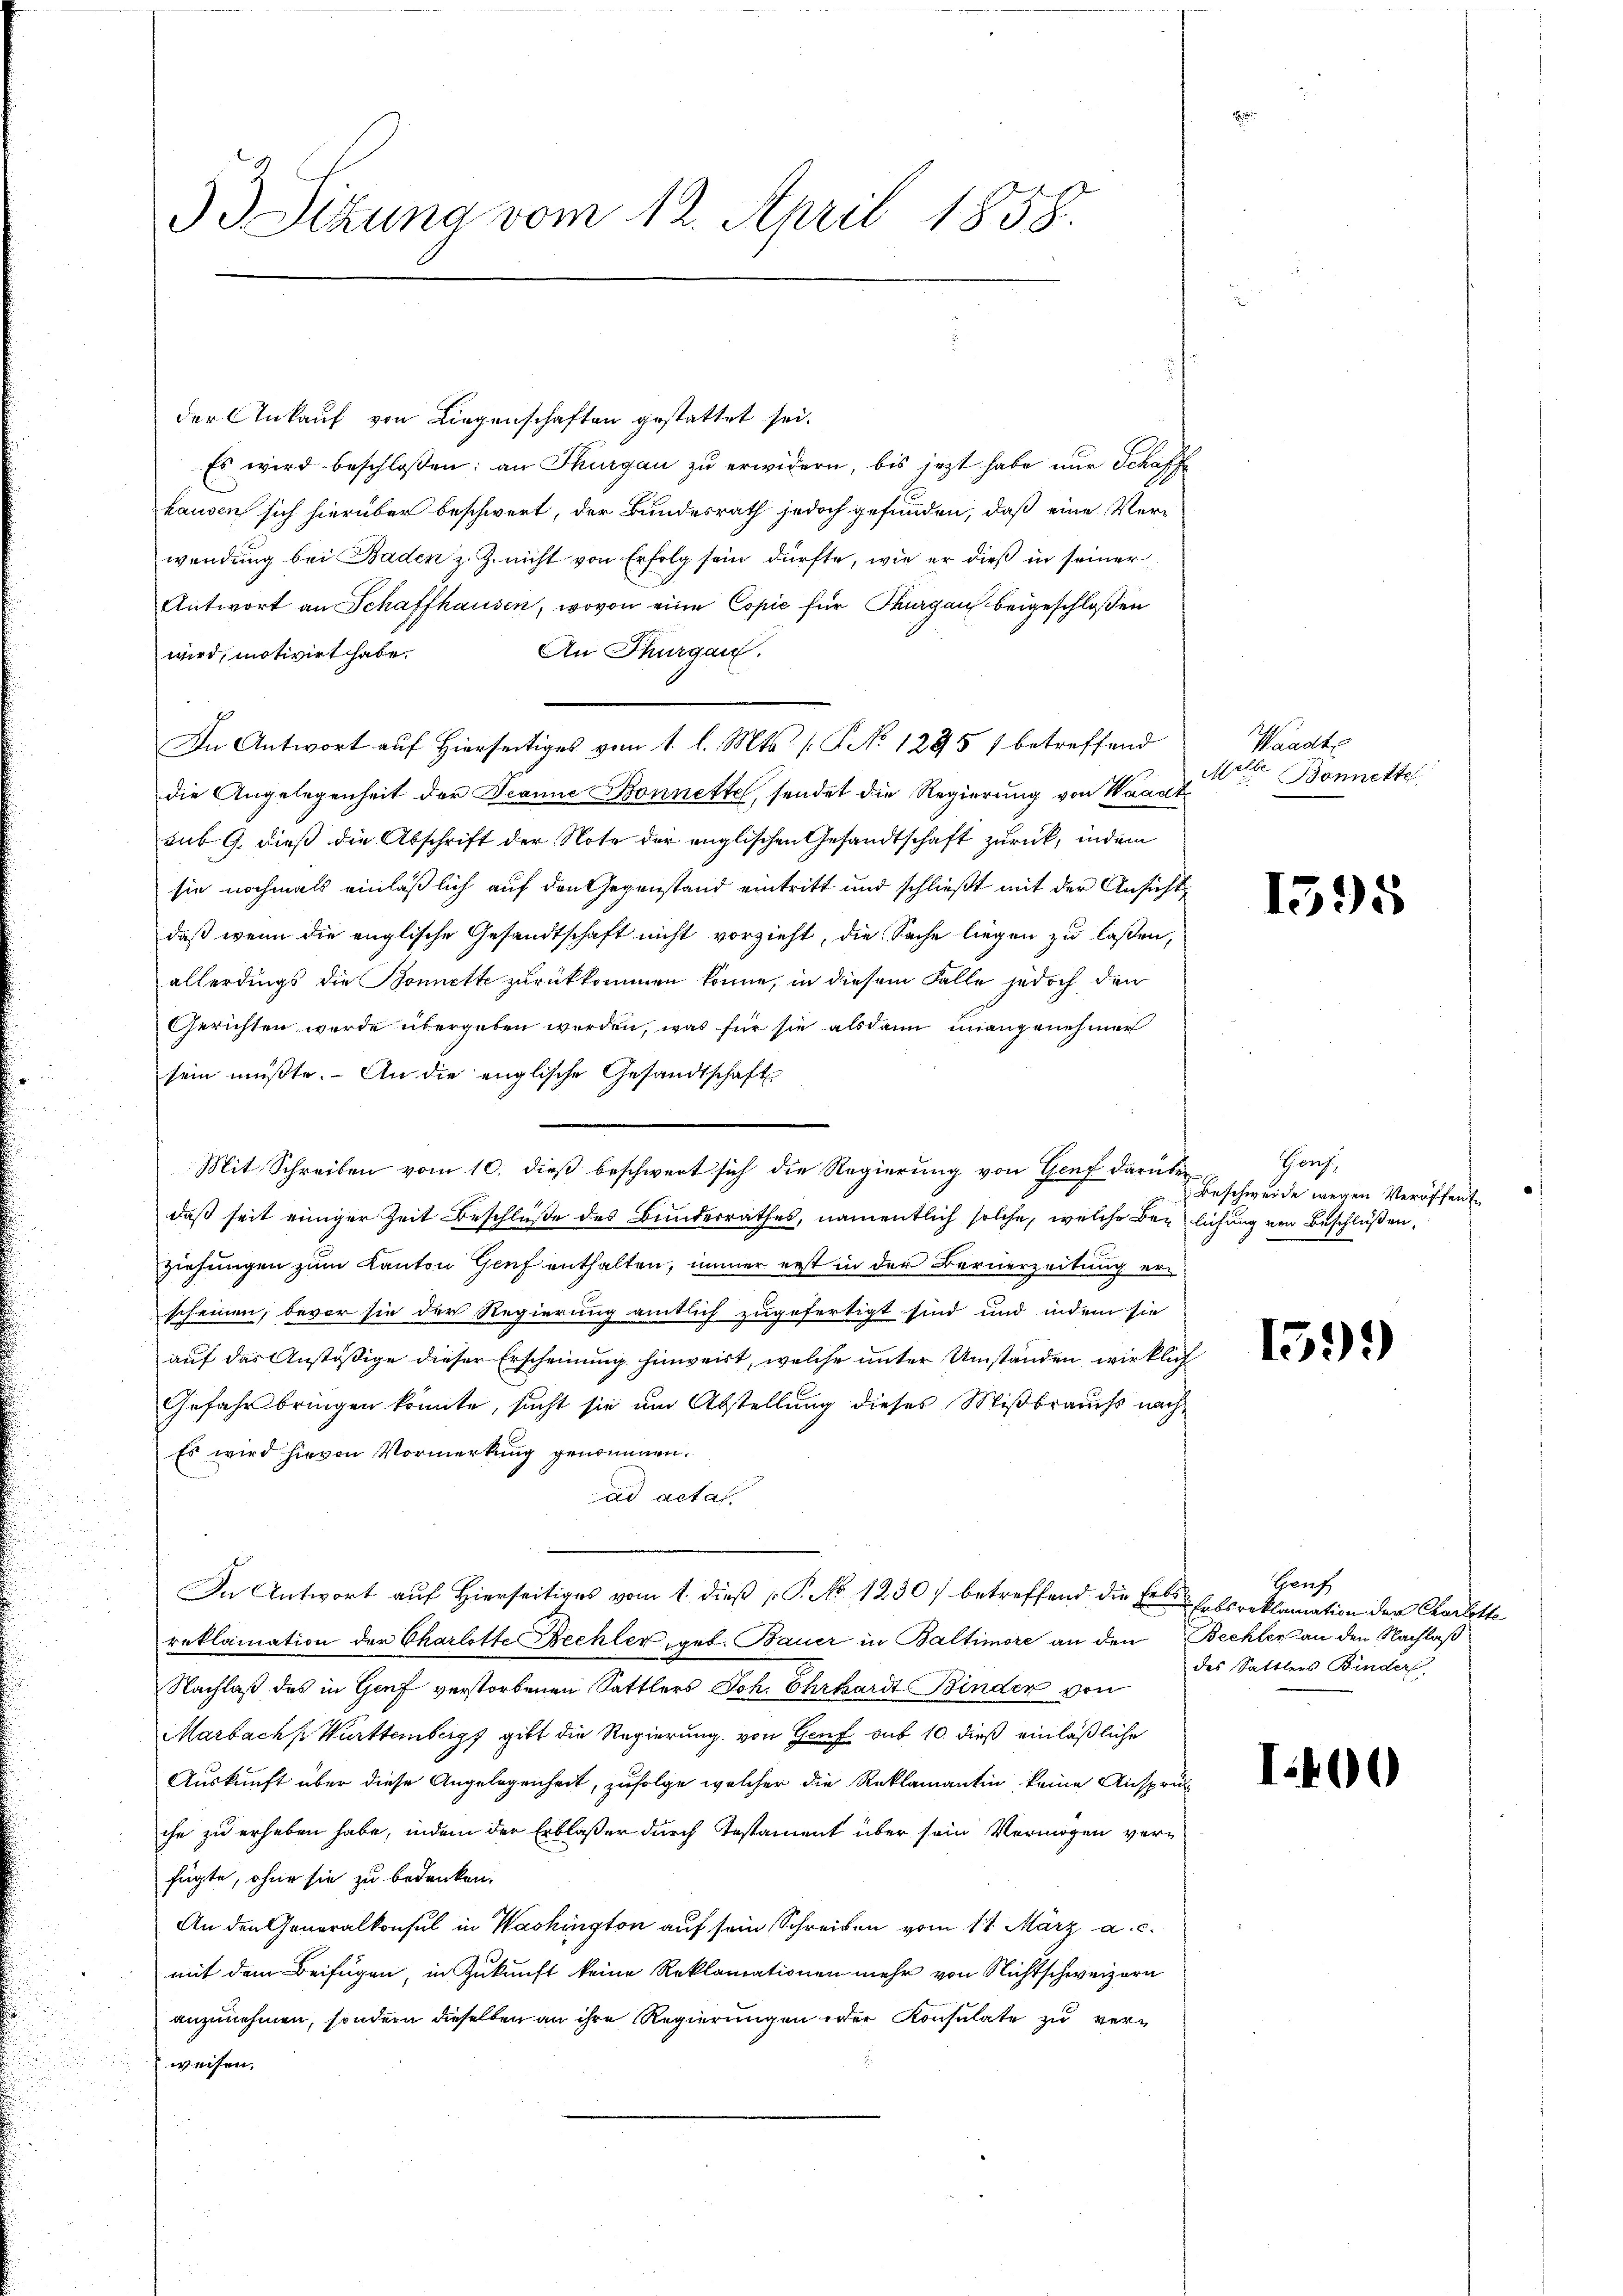
53 Sizung vom 12. April 1858.

der Ankauf von Liegenschaften gestattet sei.
Es wird beschlossen: an Thurgau zu erwidern, bis jezt habe nur Schaff
hausen sich hierüber beschwert, der Bundesrath jedoch gefunden, daß eine Verwendung bei Baden z. Z. nicht von Erfolg sein dürfte, wie er dieß in seiner
Antwort an Schaffhausen, wovon eine Copie für Thurgau beigeschloßen
An Thurgau.
wird, motivirt habe.
In Antwort aŭf hierseitiges vom 1. l. Mts. (T No 12957 betreffend
die Angelegenheit der Jeanne Bonnette, sendet die Regierung von Waadt
aub 9. dieß die Abschrift der Note der englischen Gesandtschaft zurück, indem
sie nochmals einläßlich auf den Gegenstand eintritt und schließt mit der Ansichts
daß wenn die englische Gesandtschaft nicht vorzieht, die Sache liegen zu lassen,
allerdings die Bonnette zurückkommen könne, in diesem Falle jedoch den
Gerichten wurde übergeben werden, was für sie alsdann unangenehmer
sein müßte. An die englische Gesandtschaft
daß seit einiger Zeit Beschluße des Bunderrathes, namentlich solche, welche Beziehungen zum Kanton Genf enthalten, immer erst in der Bernerzeitung erscheinen, bevor sie der Regierung amtlich zugefertigt sind und indem sie
auf das Anstößige dieser Erscheinung hinweist, welche unter Umständen wirklich
Gefahr bringen könnte, sucht sie am Abstellung dieses Mißbrauchs nach
Es wird hievon Vormerkung genommen.
ad acta.
In Antwort auf Hierseitiges vom 1. dieß P. No 1230) betreffend die Erbe Erbsreklamation der Charlotte
reklamation der Charlotte Bechler, geb. Bauer in Baltimore an den Bechter an den Nachlaß
Nachlaß des in Genf verstorbenen Sattlers Joh. Chrkardt Binder von
Marbachs Württembergs gibt die Regierung von Genf sub 10. dieß einläßliche
Auskunft über diese Angelegenheit, zufolge welcher die Reklamantin keine Anspruc
che zu erheben habe, indem der Erblaßer durch Testament über sein Vermögen verfügte, ohne sie zu bedanken.
An den Generalkonsul in Washington auf sein Schreiben vom 11. März a. c.
mit dem Beifügen, in Zukunft keine Reklamationen mehr von Nichtschweizern
anzunehmen, sondern dieselben an ihre Regierungen oder Konsulate zu verweisen.

Mit Schreiben vom 10. dieß beschwert sich die Regierung von Genf darüber¬

Waadt
Melle
Bonnette

1595

Hans
Beschwerde wegen Veröffent
lichung von Beschlüßen,

1599)

Genf
des Sattlers Binder

I400